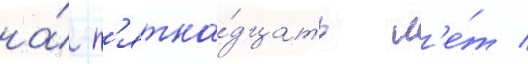
на́ п'ятна́дцать л'е́т /